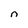
Character: n